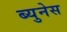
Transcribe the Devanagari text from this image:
ब्युनेस